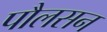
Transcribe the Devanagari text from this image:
पौलसन